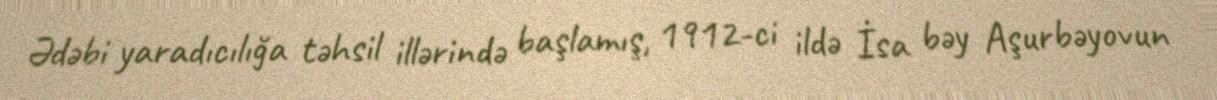
Ədəbi yaradıcılığa təhsil illərində başlamış, 1912-ci ildə İsa bəy Aşurbəyovun